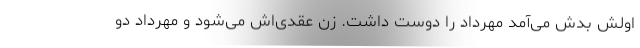
اولش بدش می‌آمد مهرداد را دوست داشت. زن عقدی‌اش می‌شود و مهرداد دو